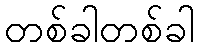
တစ်ခါတစ်ခါ